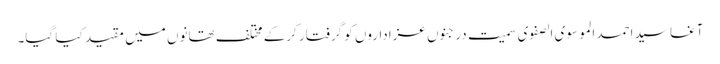
آغا سید احمد الموسوی الصفوی سمیت درجنوں عزاداروں کو گرفتار کرکے مختلف تھانوں میں مقید کیا گیا۔